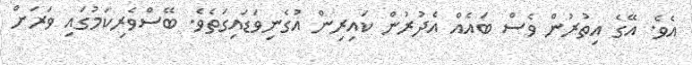
އެވެ. އޭގެ އިތުރުން ވެސް ބައެއް އެދުރުން ކައިރިން އުގެނިވަޑައިގަތެވެ. ބޭސްވެރިކަމުގައި ވަރަށް